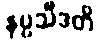
နပ္ပသီဒတိ